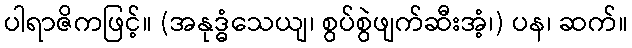
ပါရာဇိကဖြင့်။ (အနုဒ္ဓံသေယျ၊ စွပ်စွဲဖျက်ဆီးအံ့၊) ပန၊ ဆက်။